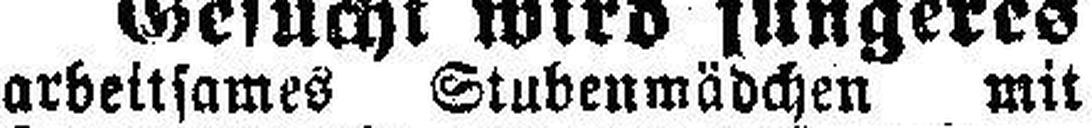
arbeitsames Stubenmädchen mit